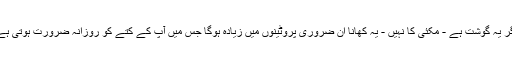
اگر یہ گوشت ہے - مکئی کا نہیں - یہ کھانا ان ضروری پروٹینوں میں زیادہ ہوگا جس میں آپ کے کتے کو روزانہ ضرورت ہوتی ہے۔